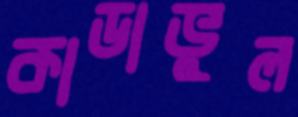
কাডাভুল